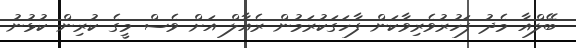
ބޭލްއާ މެދު ފަހުރުވެރިވާކަން ފާހަގަކުރަމުން ރެއާލް އަށް ވެސް މީގެ ކުރިން ކުޅުނު